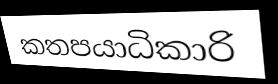
කතපයාධිකාරි